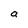
Character: a